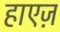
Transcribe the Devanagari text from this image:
हाएज़